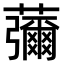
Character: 䕳